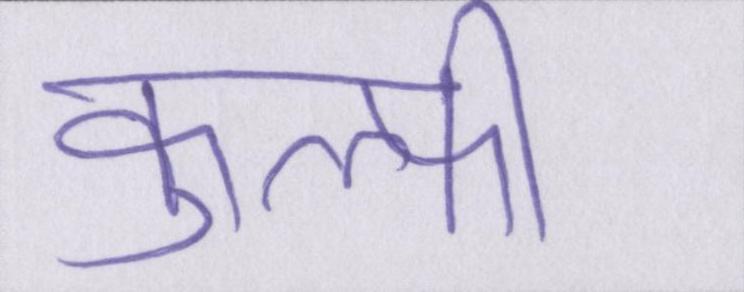
कुल्फी